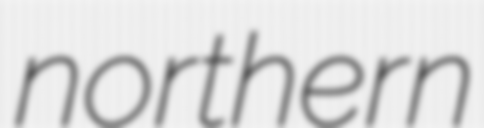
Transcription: northern